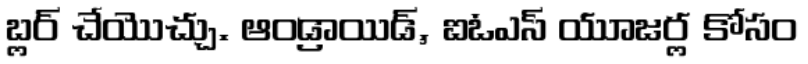
బ్లర్ చేయొచ్చు. ఆండ్రాయిడ్, ఐఓఎస్ యూజర్ల కోసం